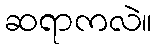
ဆရာကလဲ။